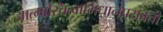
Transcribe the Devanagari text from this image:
आत्मास्तित्वाभिधानप्रसक्तौ